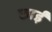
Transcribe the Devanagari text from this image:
छाईं